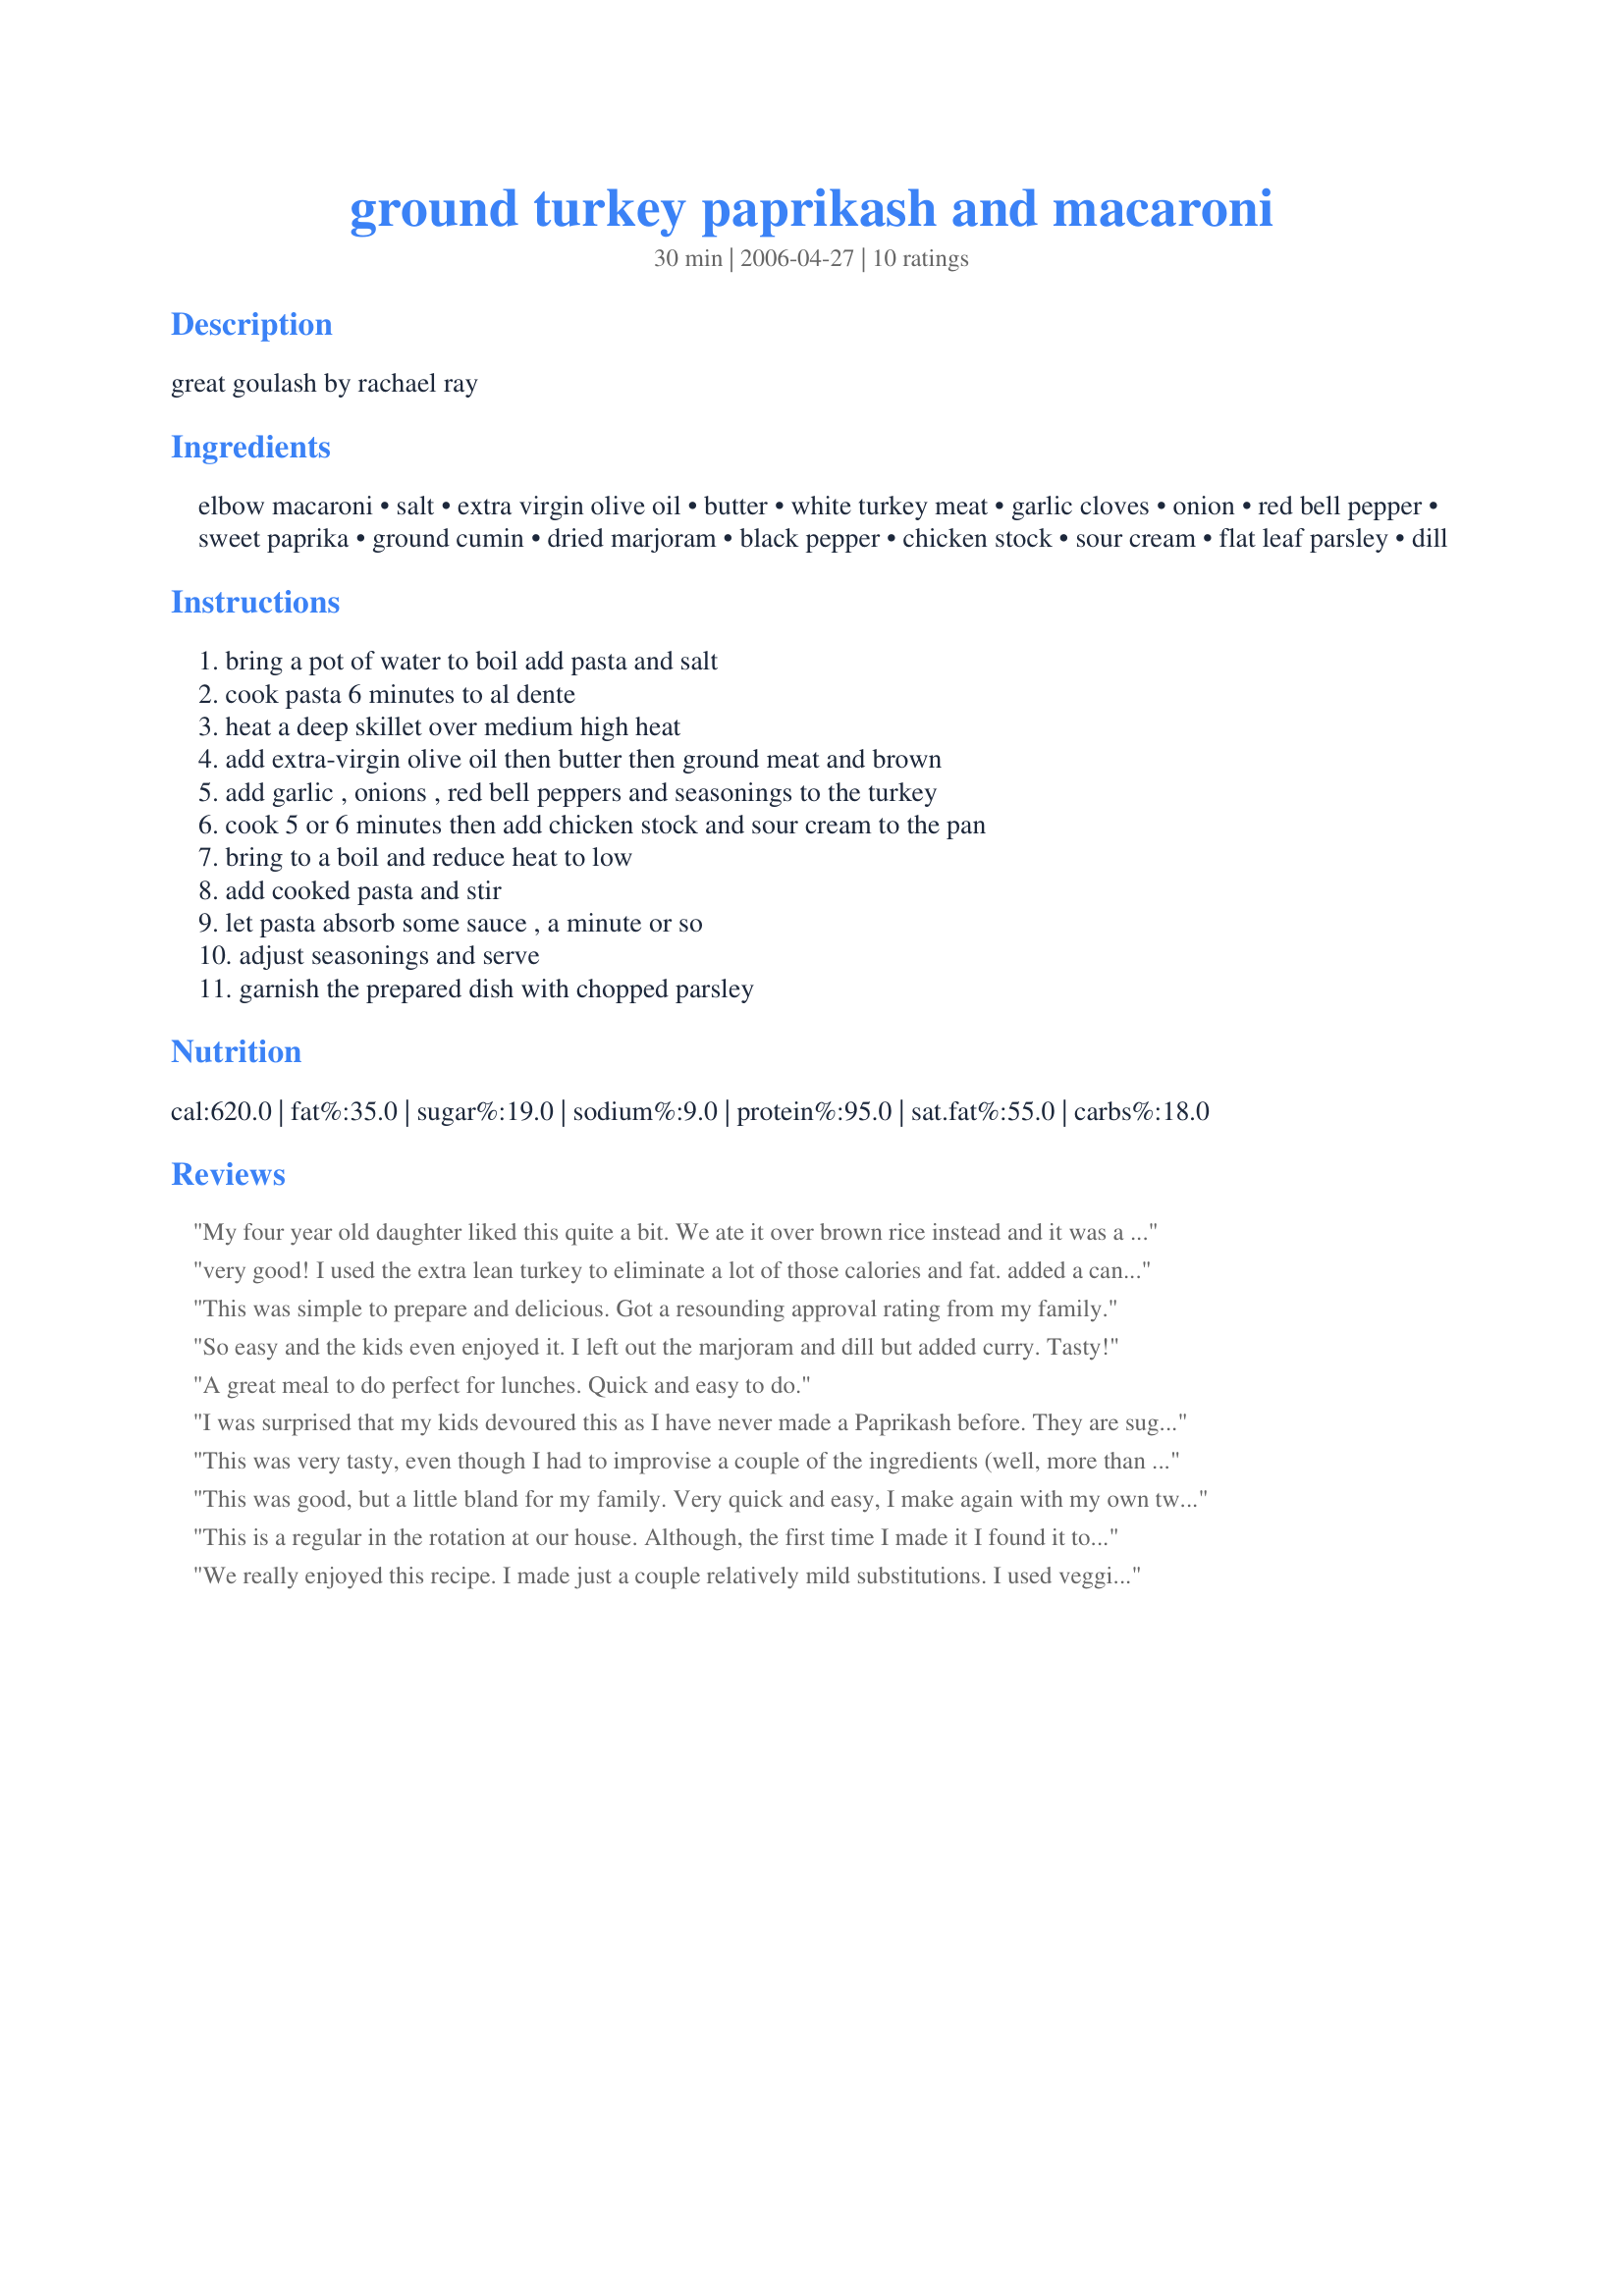
ground turkey paprikash and macaroni
Preparation time: 30 minutes

great goulash by rachael ray

Ingredients:
elbow macaroni, salt, extra virgin olive oil, butter, white turkey meat, garlic cloves, onion, red bell pepper, sweet paprika, ground cumin, dried marjoram, black pepper, chicken stock, sour cream, flat leaf parsley, dill

Steps:
bring a pot of water to boil add pasta and salt, cook pasta 6 minutes to al dente, heat a deep skillet over medium high heat, add extra-virgin olive oil then butter then ground meat and brown, add garlic , onions , red bell peppers and seasonings to the turkey, cook 5 or 6 minutes then add chicken stock and sour cream to the pan, bring to a boil and reduce heat to low, add cooked pasta and stir, let pasta absorb some sauce , a minute or so, adjust seasonings and serve, garnish the prepared dish with chopped parsley

Reviews:
My four year old daughter liked this quite a bit. We ate it over brown rice instead and it was a little runny. I'm sure the starch in the macaroni will help that problem. My husband and I enjoy chicken paprikash but thought that this was a little lacking in flavor for some reason. Maybe paprikash doesn't mix as well with ground turkey in our opinion. If you have kids, few kids, and little time then this might be for you.
very good! I used the extra lean turkey to eliminate a lot of those calories and fat. added a can of diced tomatoes and threw in some red pepper for a little kick. Overall..yummy!
This was simple to prepare and delicious. Got a resounding approval rating from my family.
So easy and the kids even enjoyed it. I left out the marjoram and dill but added curry. Tasty!
A great meal to do perfect for lunches. Quick and easy to do.
I was surprised that my kids devoured this as I have never made a Paprikash before. They are suggesting I make it again and telling me to consider making it for my "soup day" at work. It will be made several more times. I like the idea of adding cayenne pepper and sea salt as well.
This was very tasty, even though I had to improvise a couple of the ingredients (well, more than a couple!!!) Despite that it was very tasty and I promise to make it again with the ingredients called for in the recipe.
This was good, but a little bland for my family. Very quick and easy, I make again with my own twist.
This is a regular in the rotation at our house. Although, the first time I made it I found it to be a little bland, but that was an easy fix. A little shake of some season salt & a couple dashes of cayenne pepper and you're good to go!
We really enjoyed this recipe. I made just a couple relatively mild substitutions. I used veggie stock in that I find it to be more flavorful and I added sweet basil as well. As one review said the meat mixture was a bit juicy, but once I added it to the noodles it absorbed nicely and the texture was lovely.
